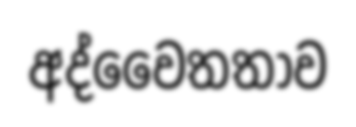
අද්වෛතතාව